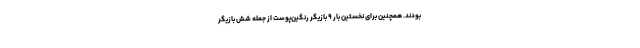
بودند. همچنین برای نخستین بار ۹ بازیگر رنگین‌پوست از جمله شش بازیگر